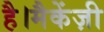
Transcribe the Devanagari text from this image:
है।मैकेंज़ी